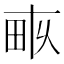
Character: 𤱑